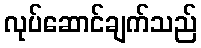
လုပ်ဆောင်ချက်သည်